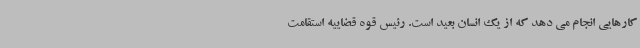
کارهایی انجام می دهد که از یک انسان بعید است. رئیس قوه قضاییه استقامت